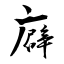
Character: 廦